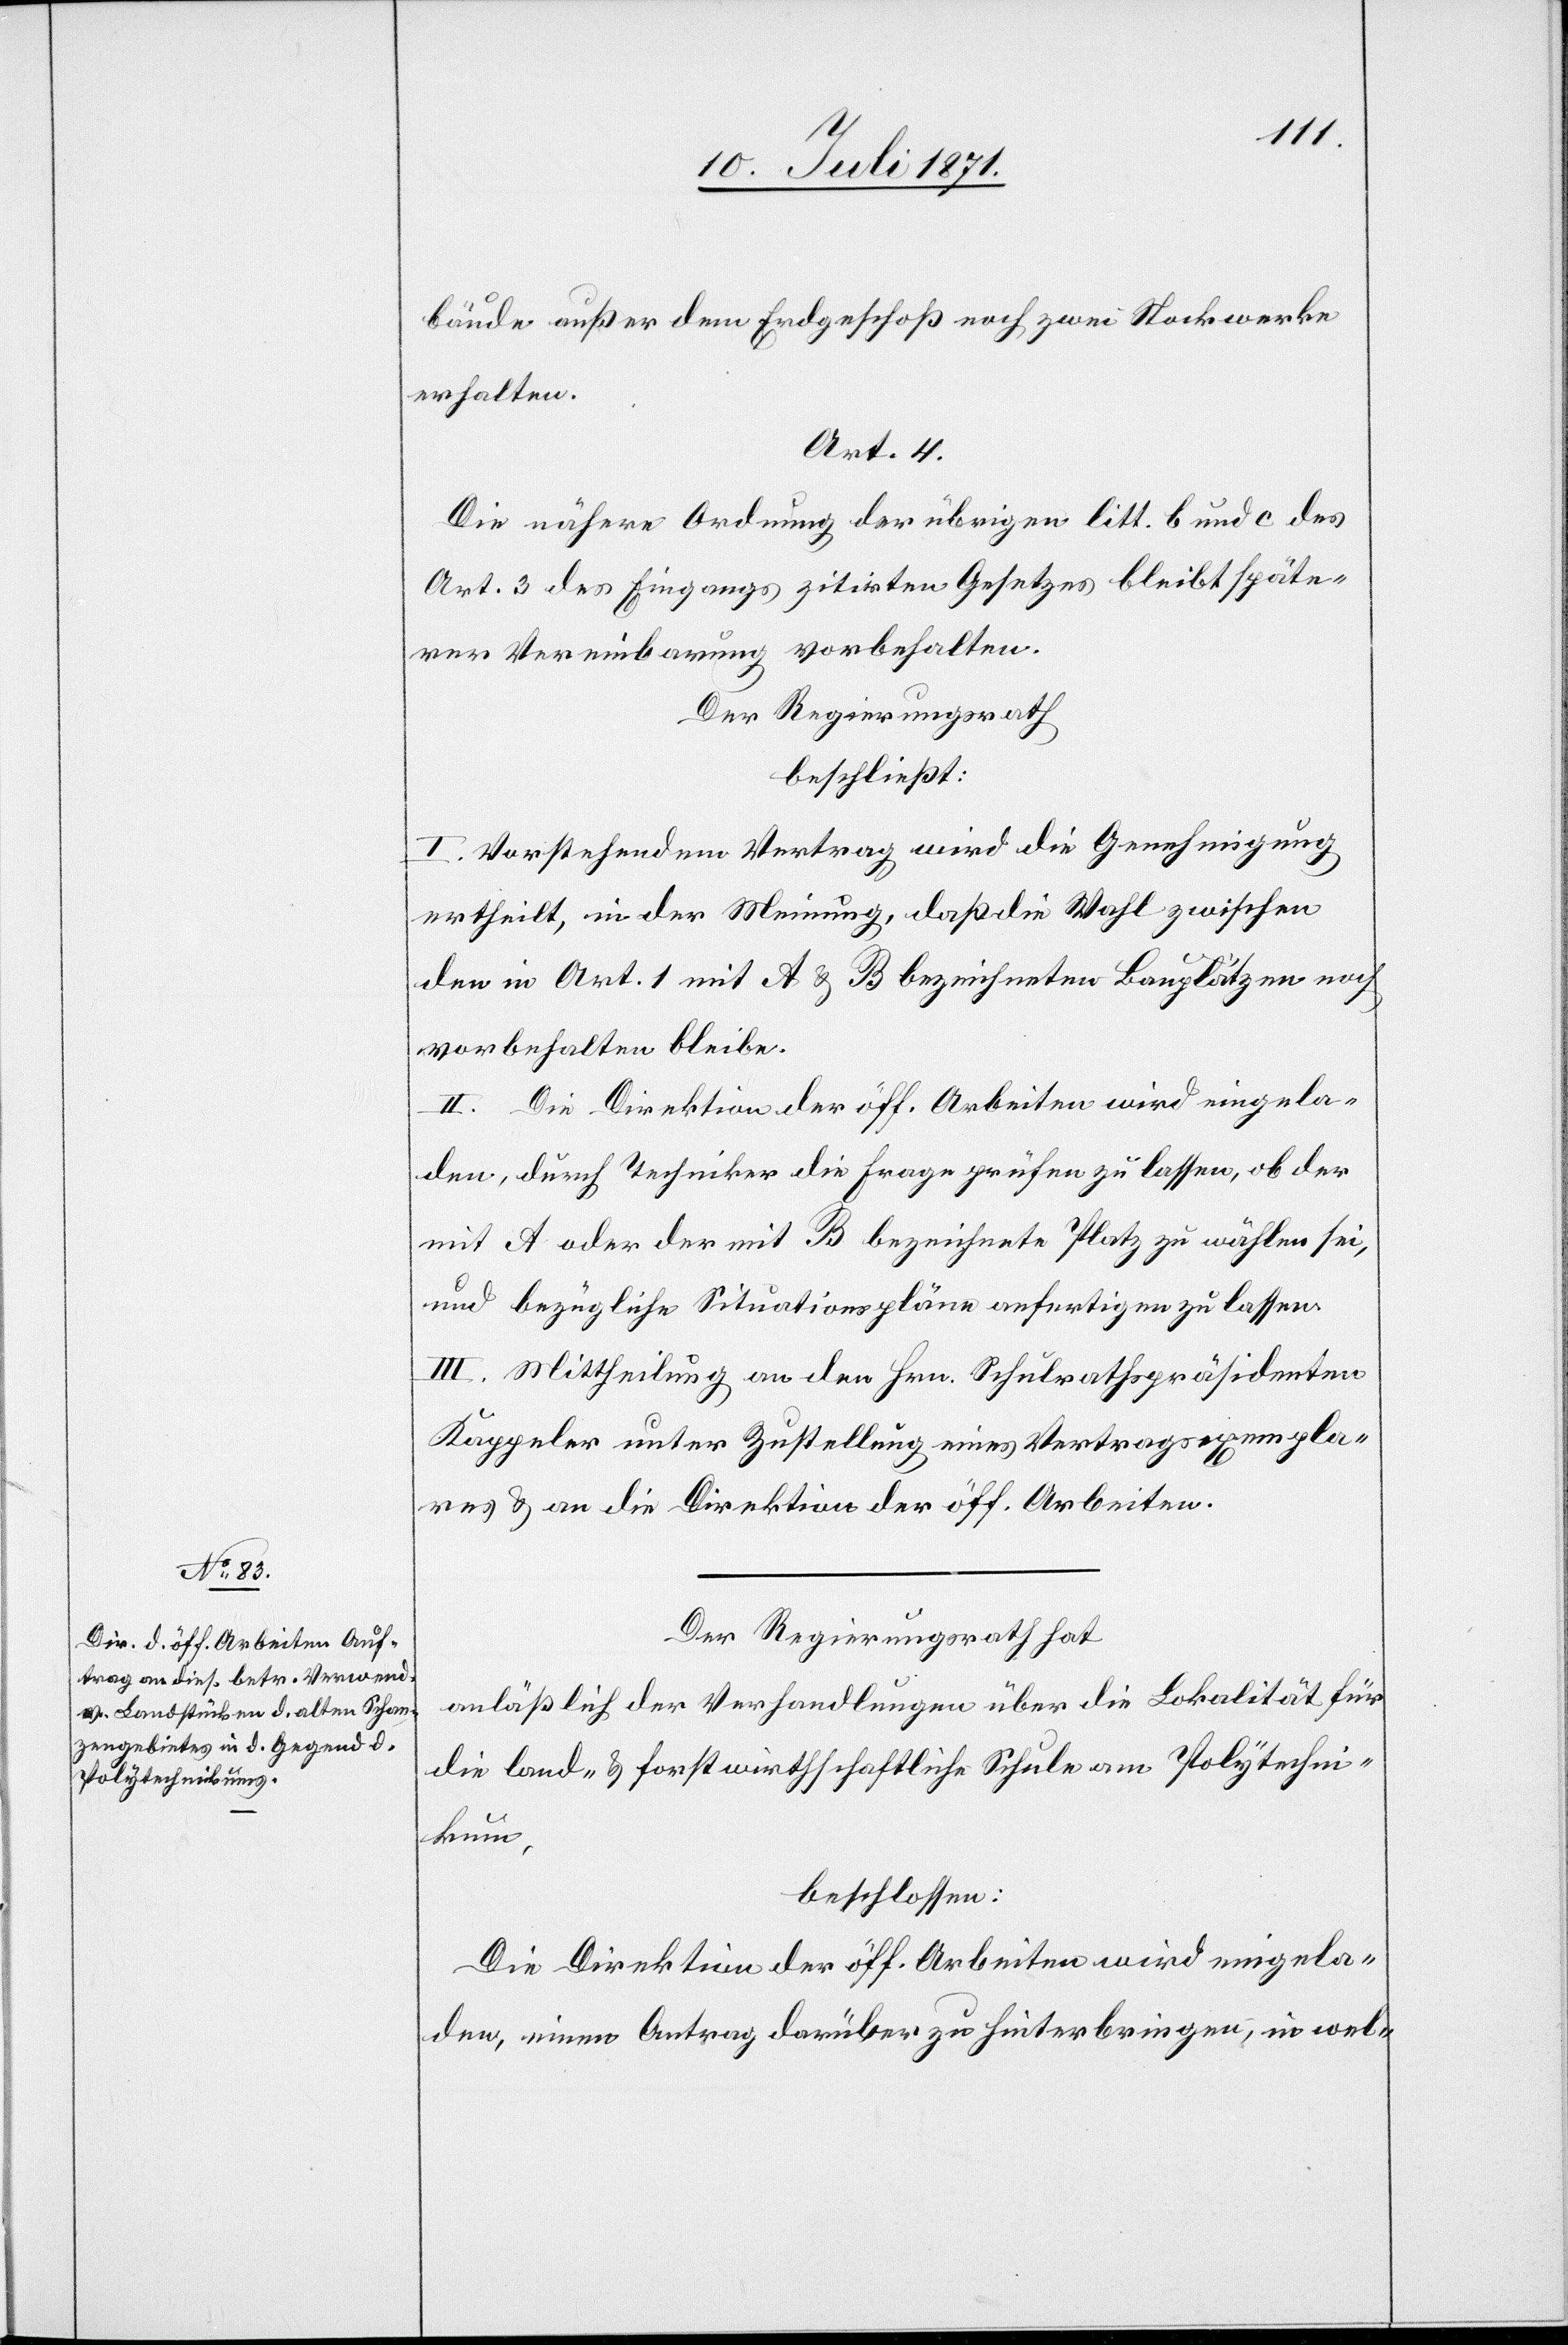
bäude außer dem Erdgeschoß noch zwei Stockwerke
erhalten.
Art. 4.
Die nähere Ordnung der übrigen litt. b und c des
Art. 3 des Eingangs zitirten Gesetzes bleibt späte¬
rer Vereinbarung vorbehalten.
Der Regierungsrath
beschließt:
I. Vorstehendem Vertrag wird die Genehmigung
ertheilt, in der Meinung, daß die Wahl zwischen
den in Art. 1 mit A u. B bezeichneten Bauplätzen noch
vorbehalten bleibe.
II. Die Direktion der öff. Arbeiten wird eingela¬
den, durch Techniker die Frage prüfen zu lassen, ob der
mit A oder der mit B bezeichnete Platz zu wählen sei,
und bezügliche Situationspläne anfertigen zu lassen.
III. Mittheilung an den Hrn. Schulrathspräsidenten
Kappeler unter Zustellung eines Vertragsexempla¬
res u. an die Direktion der öff. Arbeiten.
Der Regierungsrath hat
anläßlich der Verhandlungen über die Lokalität für
die land- u. forstwirthschaftliche Schule am Polytechni¬
kum,
beschlossen:
Die Direktion der öff. Arbeiten wird eingela¬
den, einen Antrag darüber zu hinterbringen, in wel-